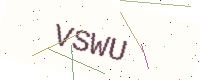
Text: VSWU